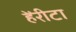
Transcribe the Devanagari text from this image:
हेंरीटा